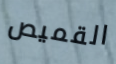
القميص